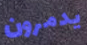
يدمرون